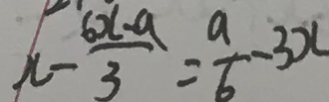
x - \frac { 6 x - a } { 3 } = \frac { a } { 6 } - 3 x